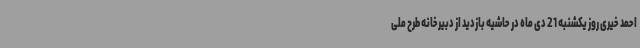
احمد خیری روز یکشنبه 21 دی ماه در حاشیه بازدید از دبیرخانه طرح ملی